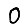
Digit: 0